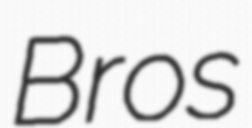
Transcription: Bros